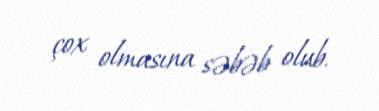
çox olmasına səbəb olub.